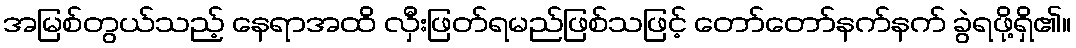
အမြစ်တွယ်သည့် နေရာအထိ လှီးဖြတ်ရမည်ဖြစ်သဖြင့် တော်တော်နက်နက် ခွဲရဖို့ရှိ၏။